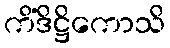
ကိံဒိဋ္ဌိကောသိ